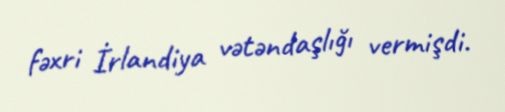
fəxri İrlandiya vətəndaşlığı vermişdi.